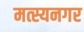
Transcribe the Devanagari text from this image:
मत्स्यनगर